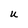
Character: u